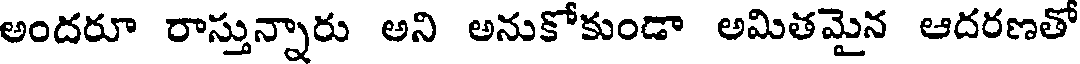
అందరూ రాస్తున్నారు అని అనుకోకుండా అమితమైన ఆదరణతో